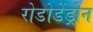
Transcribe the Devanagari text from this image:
रोडोडेंड्रोन